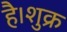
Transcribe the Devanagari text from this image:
है।शुक्र